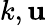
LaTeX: k,\mathbf{u}